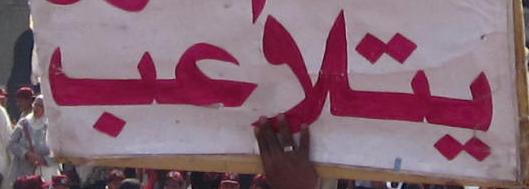
يتلا